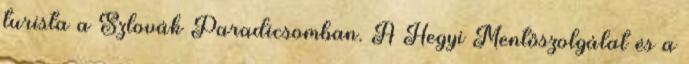
turista a Szlovák Paradicsomban. A Hegyi Mentőszolgálat és a